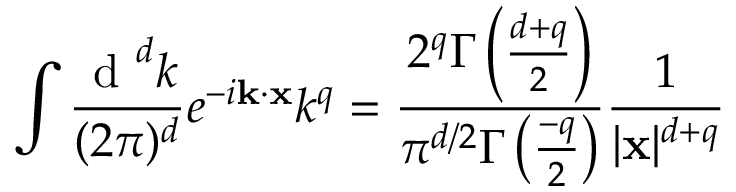
\int \frac { \textup { d } ^ { d } k } { ( 2 \pi ) ^ { d } } e ^ { - i { \bf k } \cdot { \bf x } } k ^ { q } = \frac { 2 ^ { q } \Gamma \left( \frac { d + q } { 2 } \right) } { \pi ^ { d / 2 } \Gamma \left( \frac { - q } { 2 } \right) } \frac { 1 } { | { \bf x } | ^ { d + q } }